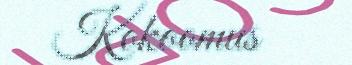
Kokoomus